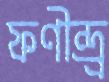
ফণীন্দ্র্র